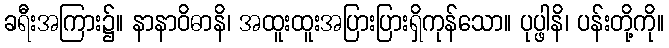
ခရီးအကြား၌။ နာနာဝိဓာနိ၊ အထူးထူးအပြားပြားရှိကုန်သော။ ပုပ္ဖါနိ၊ ပန်းတို့ကို။